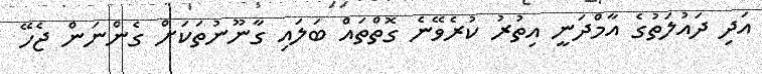
އަދި ދައުލަތުގެ އާމްދަނީ އިތުރު ކުރެވޭނެ ގޮތްތައް ބަލައި ގާނޫނުތަކަށް ގެންނަން ޖެހޭ